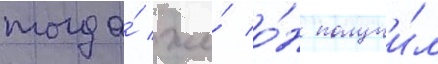
тогда́ же́ о́н получи́л